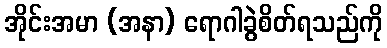
အိုင်းအမာ (အနာ) ရောဂါခွဲစိတ်ရသည်ကို